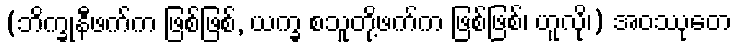
(ဘိက္ခုနီဖက်က ဖြစ်ဖြစ်, ယက္ခ စသူတို့ဖက်က ဖြစ်ဖြစ်၊ ဟူလို၊) အဝဿုတေ